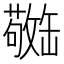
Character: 𫄿